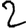
Digit: 2